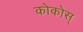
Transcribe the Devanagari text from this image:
कोकोस्